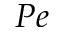
P e